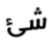
شئ